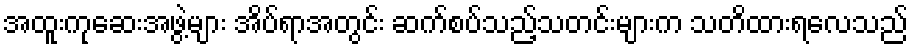
အထူးကုဆေးအဖွဲ့များ အိပ်ရာအတွင်း ဆက်စပ်သည့်သတင်းများက သတိထားရလေသည်